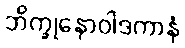
ဘိက္ခုနောဝါဒကာနံ